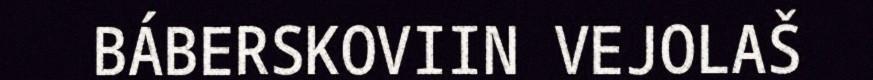
BÁBERSKOVIIN VEJOLAŠ